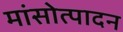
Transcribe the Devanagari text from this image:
मांसोत्पादन